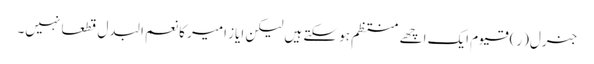
جنرل(ر) قیوم ایک اچھے منتظم ہو سکتے ہیں لیکن ایاز امیر کا نعم البدل قطعا نہیں۔